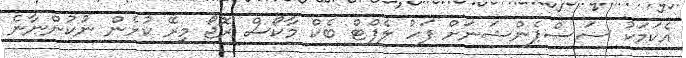
އެކަމަކު ސަސްޕެންޝަނަށް ފަހު ލެފްޓް ބެކް މާކޯސް ރޮޖޯ މިރޭ ކުޅެން ނުކުންނާނެ